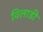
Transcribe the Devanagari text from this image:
विलाडी